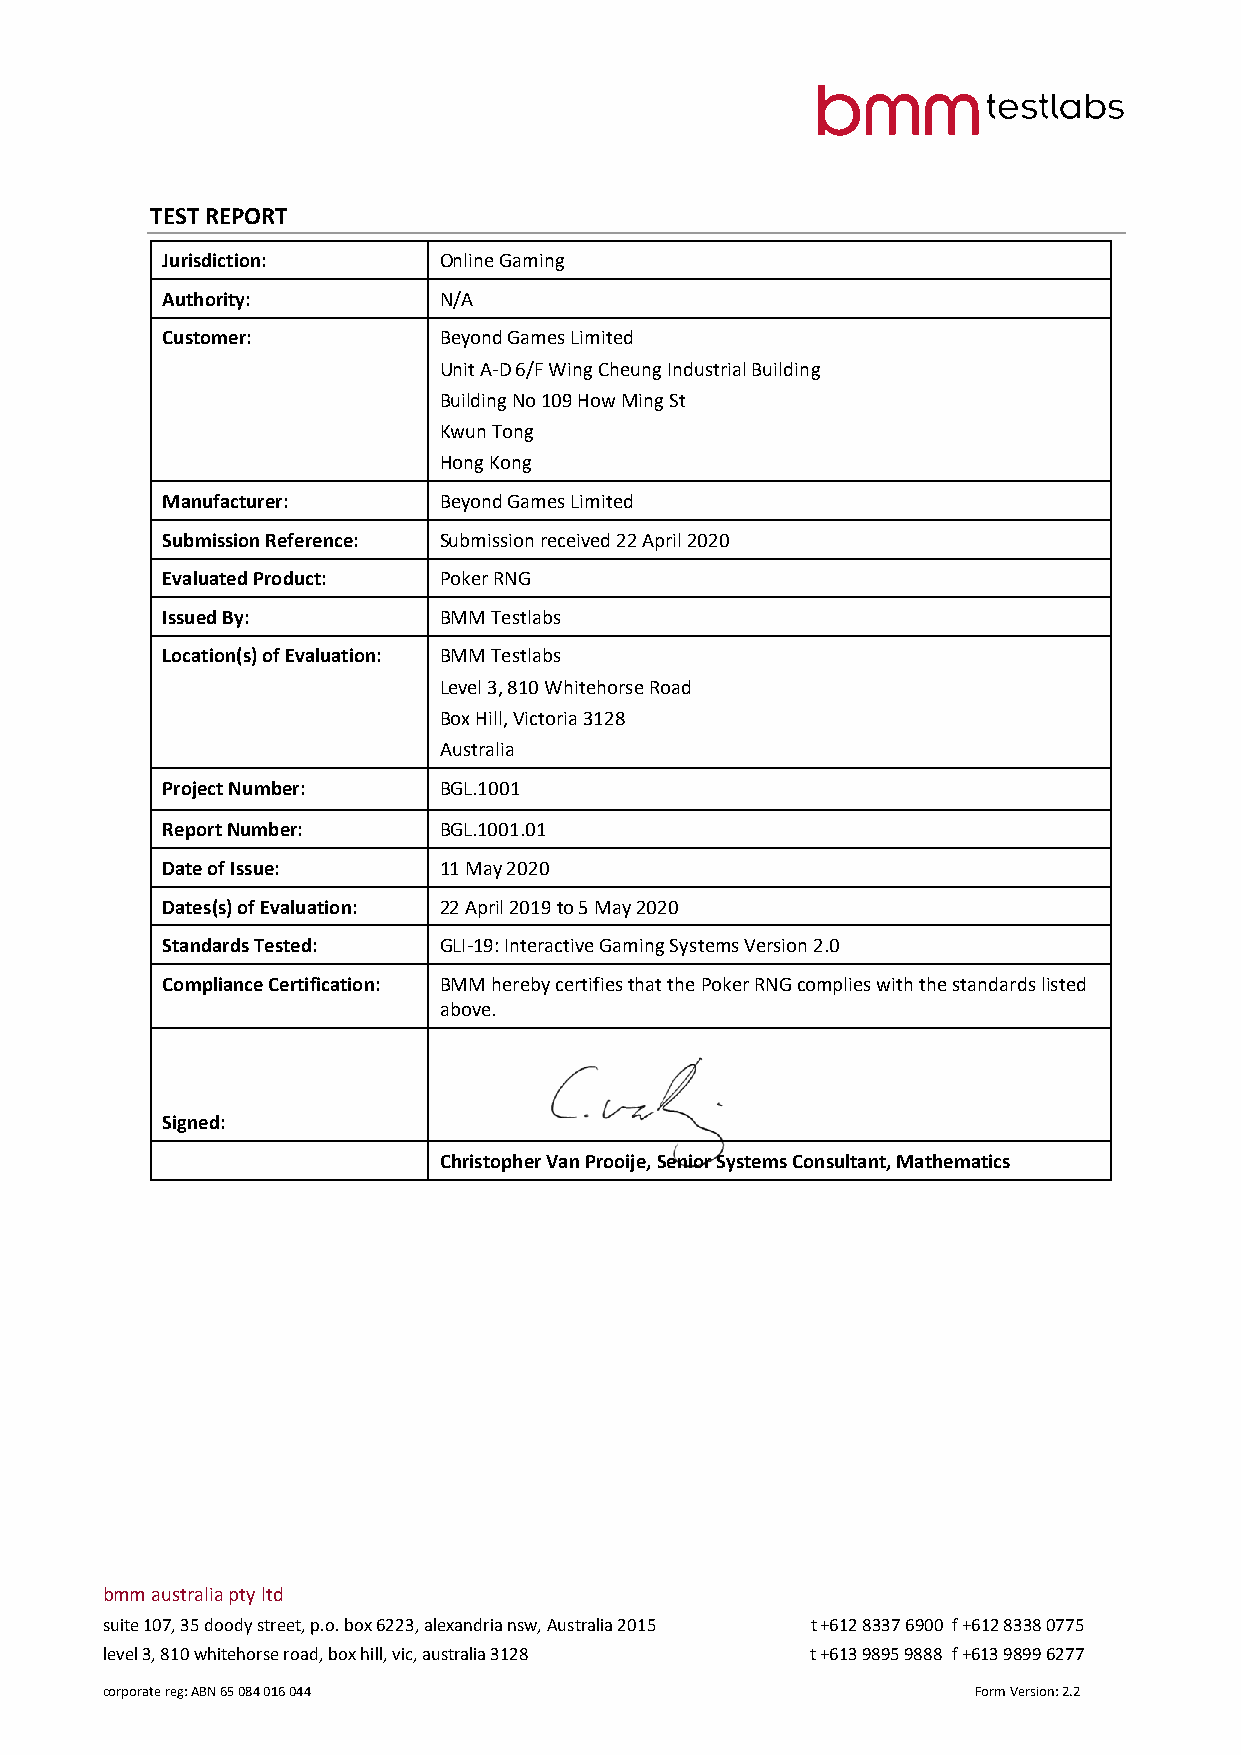
TEST REPORT
 Jurisdiction:     Online Gaming
 Authority:        N/A
 Customer:         Beyond Games Limited
 Unit A-D 6/F Wing Cheung Industrial Building
 Building No 109 How Ming St
 Kwun Tong
 Hong Kong
 Manufacturer:     Beyond Games Limited
 Submission Reference: Submission received 22 April 2020
 Evaluated Product: Poker RNG
 Issued By:        BMM Testlabs
 Location(s) of Evaluation: BMM Testlabs
 Level 3, 810 Whitehorse Road
 Box Hill, Victoria 3128
 Australia
 Project Number:   BGL.1001
 Report Number:    BGL.1001.01
 Date of Issue:    11 May 2020
 Dates(s) of Evaluation: 22 April 2019 to 5 May 2020
 Standards Tested: GLI-19: Interactive Gaming Systems Version 2.0
 Compliance Certification: BMM hereby certifies that the Poker RNG complies with the standards listed
 above.
 Signed:
 Christopher Van Prooije, Senior Systems Consultant, Mathematics
 bmm australia pty ltd
 suite 107, 35 doody street, p.o. box 6223, alexandria nsw, Australia 2015 t +612 8337 6900 f +612 8338 0775
 level 3, 810 whitehorse road, box hill, vic, australia 3128 t +613 9895 9888 f +613 9899 6277
 corporate reg: ABN 65 084 016 044                         Form Version: 2.2